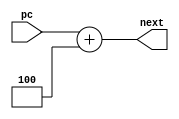
`timescale 1ns / 1ps
//////////////////////////////////////////////////////////////////////////////////
// Company: 
// Engineer: 
// 
// Design Name: 
// Module Name: Adder_4_bit
// Project Name: 
// Target Devices: 
// Tool Versions: 
// Description: 
// 
// Dependencies: 
// 
// Revision:
// Revision 0.01 - File Created
// Additional Comments:
// 
//////////////////////////////////////////////////////////////////////////////////


module pc_adder(
    input [31:0] pc,
    output [31:0] next
    );
    
    assign next = pc+4;
    
endmodule